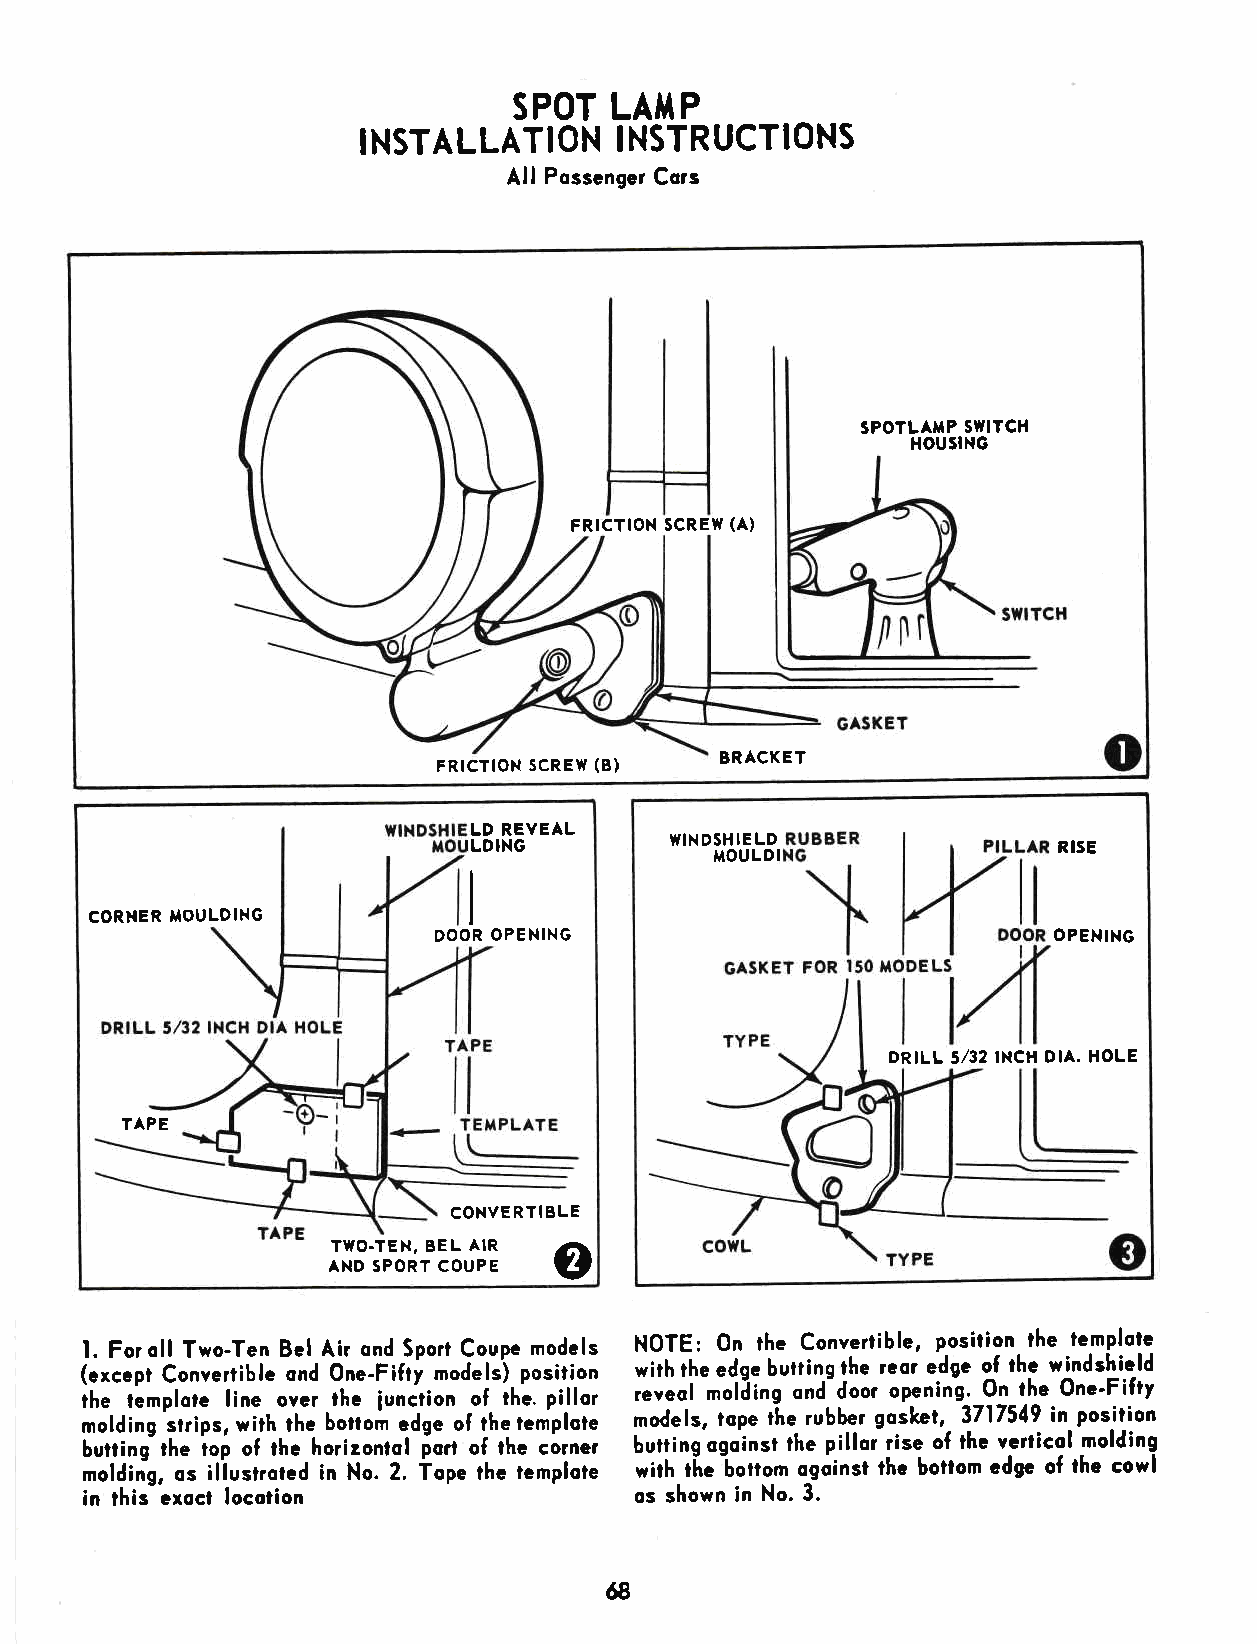
SPOT  LAIIP
 INSTALLATION     INSTRUCTIONS
 All Possenger Cors
 SPOTLAMP SWITCH
 HOUSING
 FRTCTION SCREW (A)
 FRtCTloll scREw (B) BRACKET
 LD REVEAL
 ILDING       WINDSH lELD               RISE
 ITOULDI
 CORNER IIOULDING         I
 DOOR OPENING                             OPENING
 ORILL 5/32 INCH DIA. HOLE
 TAPE
 CONVERT IBLE
 o
 TWO.TEN, BEL AIR
 AND SPORT COUPE
 l. Foroll Two-Ten Bel Air ond Sport Coupe models NOTE: 0n the Convertible, posilion the templote
 (cxcept Convenible ond One-Fifty models) position wirh rhe edoe buttinq the reor edge of the windshield
 the lemplote line over lhe iunction of the. pillor reveat moliing ond-door opening. On lhe One'Fifry
 molding slrips, with the bofiom edge of the templote models, tope the rubber goskel, 3717549 in position
 butting the top of thc horizonlol port of lhe corner butting ogoinst lhe pillor rise o[ thc verticol molding
 molding, os illustroted in No. 2. Tope the lemplote with t[c tonom ogoinsl ihe bottom cdgc of the cowl
 in this erocl locotion              os shown in No. 3.
 68